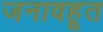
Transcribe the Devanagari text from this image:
जनावहूत